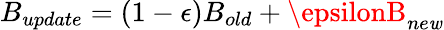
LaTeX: B_{update}=(1-\epsilon)B_{old}+\epsilonB_{ne\mathit{w}}